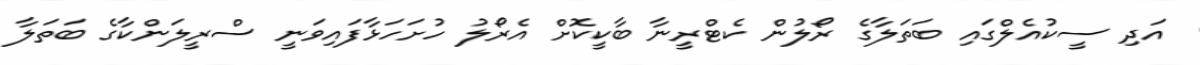
އަދި ސީކުއެލްގައި ބަތަލާގެ ރޯލުން ކެޓްރީނާ ބާކީކޮށް އެރޯލު ހުށަހަޅާފައިވަނީ ސްރީލަންކާގެ ބަތަލާ